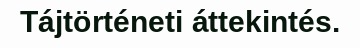
Tájtörténeti áttekintés.